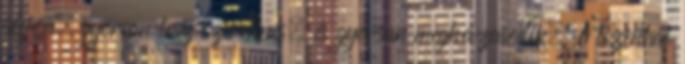
idejön, gyorsan lesz szerelmes, és gyorsan megházasodik." A tizenhat